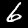
Digit: 6